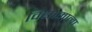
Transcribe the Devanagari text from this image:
विद्यामाला